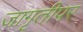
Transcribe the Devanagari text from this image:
जागृतीपर